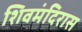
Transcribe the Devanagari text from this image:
शिवमंदिरास